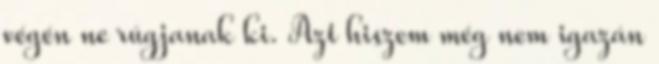
végén ne rúgjanak ki. Azt hiszem még nem igazán